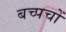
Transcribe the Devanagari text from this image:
बच्पचों